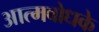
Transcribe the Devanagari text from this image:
आत्मबोधके